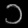
Digit: ၁